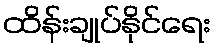
ထိန်းချုပ်နိုင်ရေး